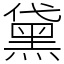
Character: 黛